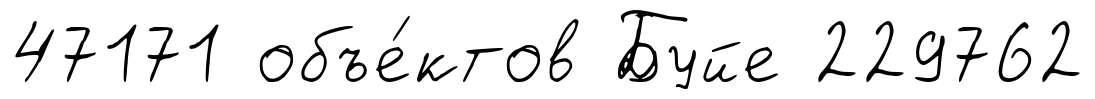
47171 объе́ктов Буйе 229762